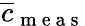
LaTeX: \overline{{c}}_{\mathrm{~m~e~a~s~}}